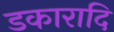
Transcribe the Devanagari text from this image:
डकारादि